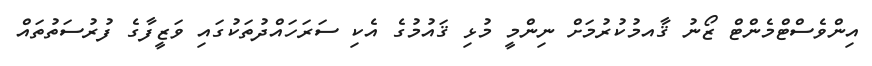
އިންވެސްޓްމެންޓް ޒޯނު ޤާއމުކުރުމަށް ނިންމީ މުޅި ޤައުމުގެ އެކި ސަރަހައްދުތަކުގައި ވަޒީފާގެ ފުރުސަތުތައް